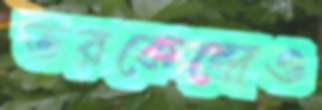
ভরকেন্দ্রেও